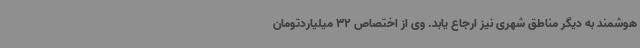
هوشمند به دیگر مناطق شهری نیز ارجاع یابد. وی از اختصاص 32 میلیاردتومان